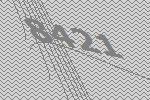
8421